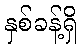
နှစ်ခန့်ရှိ